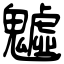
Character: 魖